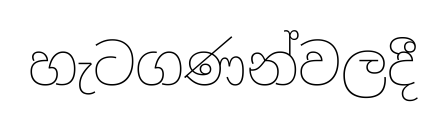
හැටගණන්වලදී